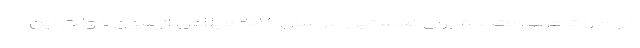
در امارات عربی متحده برای نخستین بار سال ۲۰۱۸ میلادی از سوی دولت این